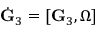
\dot { \bf G } _ { 3 } = [ { \bf G } _ { 3 } , { \boldsymbol \Omega } ]